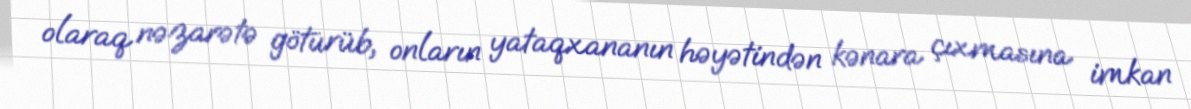
olaraq nəzarətə götürüb, onların yataqxananın həyətindən kənara çıxmasına imkan